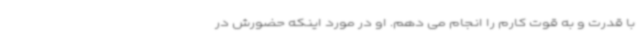
با قدرت و به قوت کارم را انجام می دهم. او در مورد اینکه حضورش در